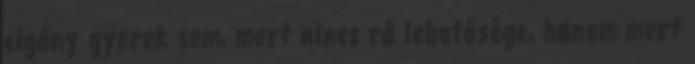
cigány gyerek sem, mert nincs rá lehetősége, hanem mert